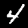
Digit: 4